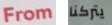
From يتركنا